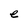
Character: e